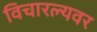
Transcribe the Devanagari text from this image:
विचारल्यवर